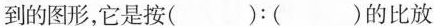
到的图形，它是按( )：( )的比放